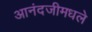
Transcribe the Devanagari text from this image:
आनंदजीमधले